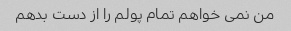
من نمی خواهم تمام پولم را از دست بدهم